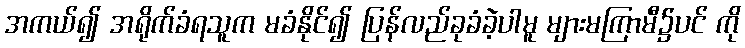
အကယ်၍ အရိုက်ခံရသူက မခံနိုင်၍ ပြန်လည်ခုခံခဲ့ပါမူ များမကြာမီ၌ပင် ကို